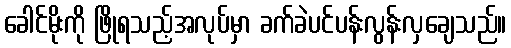
ခေါင်မိုးကို ဖြိုရသည့်အလုပ်မှာ ခက်ခဲပင်ပန်းလွန်းလှချေသည်။